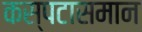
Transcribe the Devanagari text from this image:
कस्पटासमान